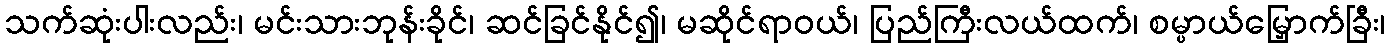
သက်ဆုံးပါးလည်း၊ မင်းသားဘုန်းခိုင်၊ ဆင်ခြင်နိုင်၍၊ မဆိုင်ရာဝယ်၊ ပြည်ကြီးလယ်ထက်၊ စမ္ပာယ်မြှောက်ခြီး၊